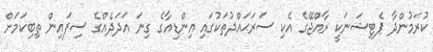
ކުރަމުންދާ ޕެޓިޝަނަކީ ރާއްޖޭގެ އެކި ސަރަޙައްދުތަކުގައި އިންޑިއާގެ ގިނަ އަދަދެއްގެ ސިފައިން ތިބިކަމަށް